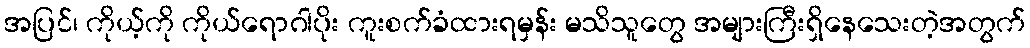
အပြင်၊ ကိုယ့်ကို ကိုယ်ရောဂါပိုး ကူးစက်ခံထားရမှန်း မသိသူတွေ အများကြီးရှိနေသေးတဲ့အတွက်